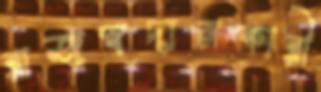
রাজস্বদানকারী